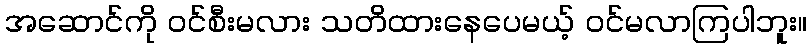
အဆောင်ကို ဝင်စီးမလား သတိထားနေပေမယ့် ဝင်မလာကြပါဘူး။